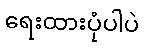
ရေးထားပုံပါပဲ